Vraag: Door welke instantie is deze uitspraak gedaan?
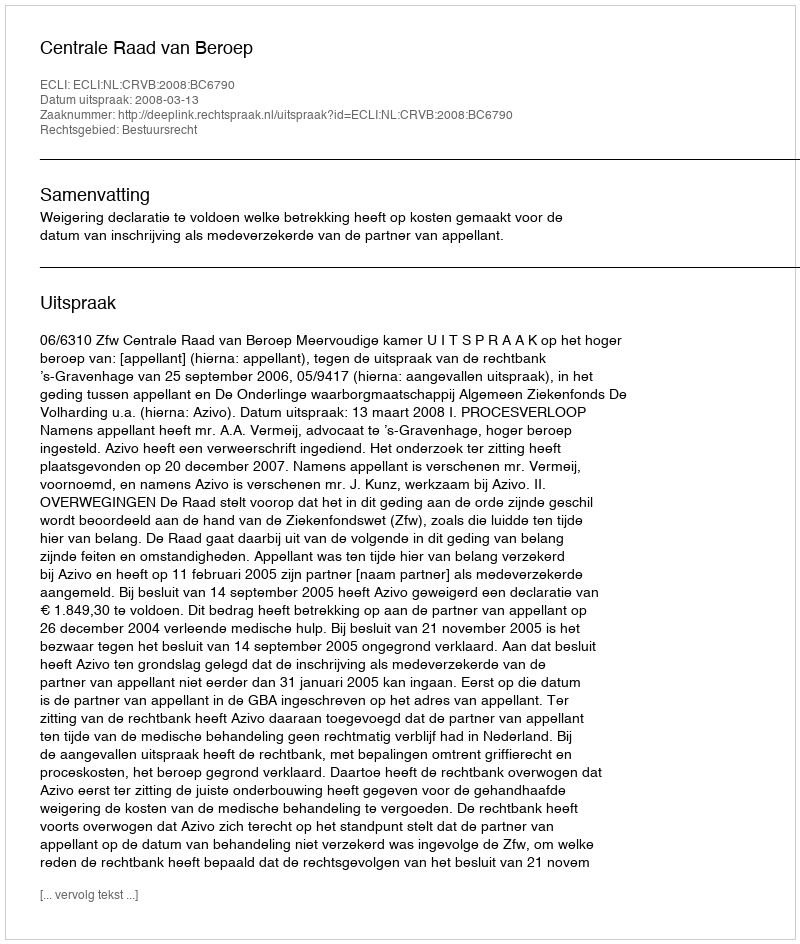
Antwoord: Centrale Raad van Beroep